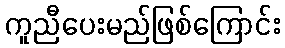
ကူညီပေးမည်ဖြစ်ကြောင်း